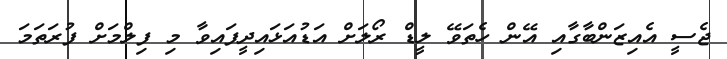
ޖެސީ އެއިޒަންބާގާއި އޭން ހެތަވޭ ލީޑް ރޯލަށް އަޑުއަޅައިދީފައިވާ މި ފިލްމަށް ފުރަތަމަ